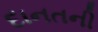
દાનતની